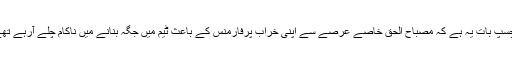
دلچسپ بات یہ ہے کہ مصباح الحق خاصے عرصے سے اپنی خراب پرفارمنس کے باعث ٹیم میں جگہ بنانے میں ناکام چلے آرہے تھے۔